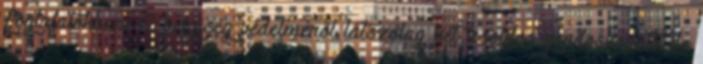
foglalatokban. A helyiség védelméről látszólag két zsoldos gondoskodott, de